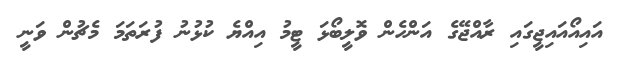
އައިއޯއައިޖީގައި ރާއްޖޭގެ އަންހެން ވޮލީބޯޅަ ޓީމު އިއްޔެ ކުޅުނު ފުރަތަމަ މެޗުން ވަނީ